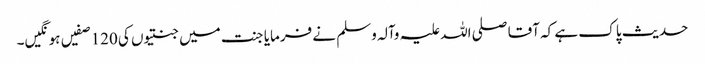
حدیث پاک ہے کہ آقا صلی اللہ علیہ وآلہ وسلم نے فرمایا جنت میں جنتیوں کی 120 صفیں ہو نگیں۔